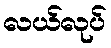
လယ်လုပ်